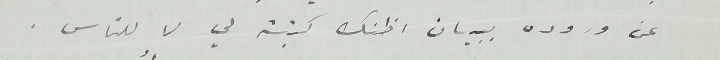
عن وروده ببيان اظنك كتبته لي لا للناس.